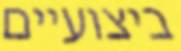
ביצועיים